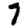
Digit: 7